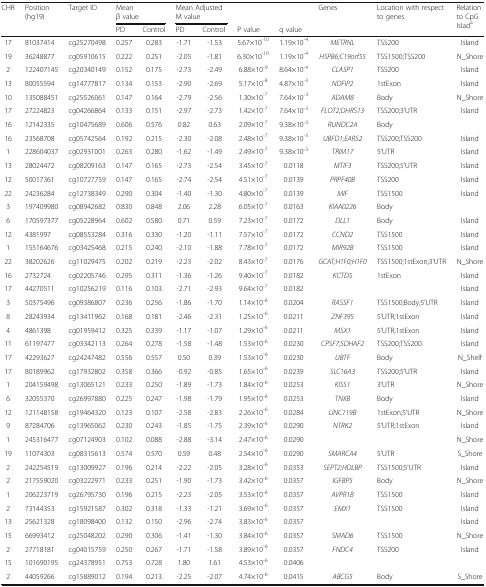
<table><thead><tr><td rowspan="2"><b>CHR</b></td><td rowspan="2"><b>Position (hg19)</b></td><td rowspan="2"><b>Target ID</b></td><td colspan="2"><b>Mean β value</b></td><td colspan="2"><b>Mean Adjusted M value</b></td><td></td><td></td><td rowspan="2"><b>Genes</b></td><td rowspan="2"><b>Location with respect to genes</b></td><td rowspan="2"><b>Relation to CpG Islad<sup>a</sup></b></td></tr><tr><td><b>PD</b></td><td><b>Control</b></td><td><b>PD</b></td><td><b>Control</b></td><td><b>P value</b></td><td><b>q value</b></td></tr></thead><tbody><tr><td>17</td><td>81037414</td><td>cg25270498</td><td>0.257</td><td>0.283</td><td>-1.71</td><td>-1.53</td><td>5.67×10<sup>-10</sup></td><td>1.19×10<sup>-4</sup></td><td><i>METRNL</i></td><td>TSS200</td><td>Island</td></tr><tr><td>19</td><td>36248877</td><td>cg05910615</td><td>0.222</td><td>0.251</td><td>-2.05</td><td>-1.81</td><td>6.30×10<sup>-10</sup></td><td>1.19×10<sup>-4</sup></td><td><i>HSPB6;C19orf55</i></td><td>TSS1500;TSS200</td><td>N_Shore</td></tr><tr><td>2</td><td>122407145</td><td>cg20340149</td><td>0.152</td><td>0.175</td><td>-2.73</td><td>-2.49</td><td>6.88×10<sup>-9</sup></td><td>8.64×10<sup>-4</sup></td><td><i>CLASP1</i></td><td>TSS200</td><td>Island</td></tr><tr><td>13</td><td>80055594</td><td>cg14777817</td><td>0.134</td><td>0.153</td><td>-2.90</td><td>-2.69</td><td>5.17×10<sup>-8</sup></td><td>4.87×10<sup>-3</sup></td><td><i>NDFIP2</i></td><td>1stExon</td><td>Island</td></tr><tr><td>10</td><td>135088451</td><td>cg25526061</td><td>0.147</td><td>0.164</td><td>-2.79</td><td>-2.56</td><td>1.30×10<sup>-7</sup></td><td>7.64×10<sup>-3</sup></td><td><i>ADAM8</i></td><td>Body</td><td>N_Shore</td></tr><tr><td>17</td><td>27224823</td><td>cg04266864</td><td>0.133</td><td>0.151</td><td>-2.97</td><td>-2.73</td><td>1.42×10<sup>-7</sup></td><td>7.64×10<sup>-3</sup></td><td><i>FLOT2;DHRS13</i></td><td>TSS200;3&#x27;UTR</td><td>Island</td></tr><tr><td>16</td><td>12142335</td><td>cg10475689</td><td>0.606</td><td>0.576</td><td>0.82</td><td>0.63</td><td>2.09×10<sup>-7</sup></td><td>9.38×10<sup>-3</sup></td><td><i>RUNDC2A</i></td><td>Body</td><td></td></tr><tr><td>16</td><td>23568708</td><td>cg05742564</td><td>0.192</td><td>0.215</td><td>-2.30</td><td>-2.08</td><td>2.48×10<sup>-7</sup></td><td>9.38×10<sup>-3</sup></td><td><i>UBFD1;EARS2</i></td><td>TSS200;TSS200</td><td>Island</td></tr><tr><td>1</td><td>228604037</td><td>cg02931001</td><td>0.263</td><td>0.280</td><td>-1.62</td><td>-1.49</td><td>2.49×10<sup>-7</sup></td><td>9.38×10<sup>-3</sup></td><td><i>TRIM17</i></td><td>5&#x27;UTR</td><td>Island</td></tr><tr><td>13</td><td>28024472</td><td>cg08209163</td><td>0.147</td><td>0.165</td><td>-2.73</td><td>-2.54</td><td>3.45×10<sup>-7</sup></td><td>0.0118</td><td><i>MTIF3</i></td><td>TSS200;5&#x27;UTR</td><td>Island</td></tr><tr><td>12</td><td>50017361</td><td>cg10727759</td><td>0.147</td><td>0.165</td><td>-2.74</td><td>-2.54</td><td>4.51×10<sup>-7</sup></td><td>0.0139</td><td><i>PRPF40B</i></td><td>TSS200</td><td>Island</td></tr><tr><td>22</td><td>24236284</td><td>cg12738349</td><td>0.290</td><td>0.304</td><td>-1.40</td><td>-1.30</td><td>4.80×10<sup>-7</sup></td><td>0.0139</td><td><i>MIF</i></td><td>TSS1500</td><td>Island</td></tr><tr><td>3</td><td>197409980</td><td>cg08942682</td><td>0.830</td><td>0.848</td><td>2.06</td><td>2.28</td><td>6.05×10<sup>-7</sup></td><td>0.0163</td><td><i>KIAA0226</i></td><td>Body</td><td></td></tr><tr><td>6</td><td>170597377</td><td>cg05228964</td><td>0.602</td><td>0.580</td><td>0.71</td><td>0.59</td><td>7.23×10<sup>-7</sup></td><td>0.0172</td><td><i>DLL1</i></td><td>Body</td><td>Island</td></tr><tr><td>12</td><td>4381997</td><td>cg08553284</td><td>0.316</td><td>0.330</td><td>-1.20</td><td>-1.11</td><td>7.57×10<sup>-7</sup></td><td>0.0172</td><td><i>CCND2</i></td><td>TSS1500</td><td>Island</td></tr><tr><td>1</td><td>155164676</td><td>cg03425468</td><td>0.215</td><td>0.240</td><td>-2.10</td><td>-1.88</td><td>7.78×10<sup>-7</sup></td><td>0.0172</td><td><i>MIR92B</i></td><td>TSS1500</td><td>Island</td></tr><tr><td>22</td><td>38202626</td><td>cg11029475</td><td>0.202</td><td>0.219</td><td>-2.23</td><td>-2.02</td><td>8.43×10<sup>-7</sup></td><td>0.0176</td><td><i>GCAT;H1F0;H1F0</i></td><td>TSS1500;1stExon;3&#x27;UTR</td><td>N_Shore</td></tr><tr><td>16</td><td>2732724</td><td>cg02205746</td><td>0.295</td><td>0.311</td><td>-1.36</td><td>-1.26</td><td>9.40×10<sup>-7</sup></td><td>0.0182</td><td><i>KCTD5</i></td><td>1stExon</td><td>Island</td></tr><tr><td>17</td><td>44270511</td><td>cg10256219</td><td>0.116</td><td>0.103</td><td>-2.71</td><td>-2.93</td><td>9.64×10<sup>-7</sup></td><td>0.0182</td><td></td><td></td><td>Island</td></tr><tr><td>3</td><td>50375496</td><td>cg09386807</td><td>0.236</td><td>0.256</td><td>-1.86</td><td>-1.70</td><td>1.14×10<sup>-6</sup></td><td>0.0204</td><td><i>RASSF1</i></td><td>TSS1500;Body;5&#x27;UTR</td><td>Island</td></tr><tr><td>8</td><td>28243934</td><td>cg13411962</td><td>0.168</td><td>0.181</td><td>-2.46</td><td>-2.31</td><td>1.25×10<sup>-6</sup></td><td>0.0211</td><td><i>ZNF395</i></td><td>5&#x27;UTR;1stExon</td><td>Island</td></tr><tr><td>4</td><td>4861398</td><td>cg01959412</td><td>0.325</td><td>0.339</td><td>-1.17</td><td>-1.07</td><td>1.29×10<sup>-6</sup></td><td>0.0211</td><td><i>MSX1</i></td><td>5&#x27;UTR;1stExon</td><td>Island</td></tr><tr><td>11</td><td>61197477</td><td>cg03342113</td><td>0.264</td><td>0.278</td><td>-1.58</td><td>-1.48</td><td>1.53×10<sup>-6</sup></td><td>0.0230</td><td><i>CPSF7;SDHAF2</i></td><td>TSS200;TSS200</td><td>Island</td></tr><tr><td>17</td><td>42293627</td><td>cg24247482</td><td>0.556</td><td>0.557</td><td>0.50</td><td>0.39</td><td>1.53×10<sup>-6</sup></td><td>0.0230</td><td><i>UBTF</i></td><td>Body</td><td>N_Shelf</td></tr><tr><td>17</td><td>80189962</td><td>cg17932802</td><td>0.358</td><td>0.366</td><td>-0.92</td><td>-0.85</td><td>1.65×10<sup>-6</sup></td><td>0.0239</td><td><i>SLC16A3</i></td><td>TSS200;5&#x27;UTR</td><td>Island</td></tr><tr><td>1</td><td>204159498</td><td>cg13065121</td><td>0.233</td><td>0.250</td><td>-1.89</td><td>-1.73</td><td>1.84×10<sup>-6</sup></td><td>0.0253</td><td><i>KISS1</i></td><td>3&#x27;UTR</td><td>N_Shore</td></tr><tr><td>6</td><td>32055370</td><td>cg26997880</td><td>0.225</td><td>0.247</td><td>-1.98</td><td>-1.79</td><td>1.95×10<sup>-6</sup></td><td>0.0253</td><td><i>TNXB</i></td><td>Body</td><td>Island</td></tr><tr><td>12</td><td>121148158</td><td>cg19464320</td><td>0.123</td><td>0.107</td><td>-2.58</td><td>-2.83</td><td>2.26×10<sup>-6</sup></td><td>0.0284</td><td><i>UNC119B</i></td><td>1stExon;5&#x27;UTR</td><td>N_Shore</td></tr><tr><td>9</td><td>87284706</td><td>cg13965062</td><td>0.230</td><td>0.243</td><td>-1.85</td><td>-1.75</td><td>2.39×10<sup>-6</sup></td><td>0.0290</td><td><i>NTRK2</i></td><td>5&#x27;UTR;1stExon</td><td>Island</td></tr><tr><td>1</td><td>245316477</td><td>cg07124903</td><td>0.102</td><td>0.088</td><td>-2.88</td><td>-3.14</td><td>2.47×10<sup>-6</sup></td><td>0.0290</td><td></td><td></td><td>N_Shore</td></tr><tr><td>19</td><td>11074303</td><td>cg08315613</td><td>0.574</td><td>0.570</td><td>0.59</td><td>0.48</td><td>2.54×10<sup>-6</sup></td><td>0.0290</td><td><i>SMARCA4</i></td><td>5&#x27;UTR</td><td>S_Shore</td></tr><tr><td>2</td><td>242254519</td><td>cg13009927</td><td>0.196</td><td>0.214</td><td>-2.22</td><td>-2.05</td><td>3.28×10<sup>-6</sup></td><td>0.0353</td><td><i>SEPT2;HDLBP</i></td><td>TSS1500;5&#x27;UTR</td><td>Island</td></tr><tr><td>2</td><td>217559020</td><td>cg03222971</td><td>0.233</td><td>0.251</td><td>-1.90</td><td>-1.73</td><td>3.42×10<sup>-6</sup></td><td>0.0357</td><td><i>IGFBP5</i></td><td>Body</td><td>N_Shore</td></tr><tr><td>1</td><td>206223719</td><td>cg26795730</td><td>0.196</td><td>0.215</td><td>-2.23</td><td>-2.05</td><td>3.53×10<sup>-6</sup></td><td>0.0357</td><td><i>AVPR1B</i></td><td>TSS1500</td><td>Island</td></tr><tr><td>2</td><td>73144353</td><td>cg15921587</td><td>0.302</td><td>0.318</td><td>-1.33</td><td>-1.21</td><td>3.69×10<sup>-6</sup></td><td>0.0357</td><td><i>EMX1</i></td><td>TSS1500</td><td>Island</td></tr><tr><td>13</td><td>25621328</td><td>cg18098400</td><td>0.132</td><td>0.150</td><td>-2.96</td><td>-2.74</td><td>3.83×10<sup>-6</sup></td><td>0.0357</td><td></td><td></td><td>Island</td></tr><tr><td>15</td><td>66993412</td><td>cg25048202</td><td>0.290</td><td>0.306</td><td>-1.41</td><td>-1.30</td><td>3.84×10<sup>-6</sup></td><td>0.0357</td><td><i>SMAD6</i></td><td>TSS1500</td><td>N_Shore</td></tr><tr><td>2</td><td>27718181</td><td>cg04015759</td><td>0.250</td><td>0.267</td><td>-1.71</td><td>-1.58</td><td>3.89×10<sup>-6</sup></td><td>0.0357</td><td><i>FNDC4</i></td><td>TSS200</td><td>Island</td></tr><tr><td>15</td><td>101690195</td><td>cg24378951</td><td>0.753</td><td>0.728</td><td>1.80</td><td>1.61</td><td>4.53×10<sup>-6</sup></td><td>0.0406</td><td></td><td></td><td></td></tr><tr><td>2</td><td>44059266</td><td>cg15889012</td><td>0.194</td><td>0.213</td><td>-2.25</td><td>-2.07</td><td>4.74×10<sup>-6</sup></td><td>0.0415</td><td><i>ABCG5</i></td><td>Body</td><td>S_Shore</td></tr></tbody></table>